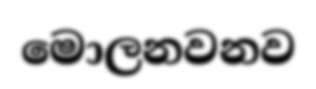
මොලනවනව